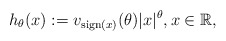
\begin{align*}h_\theta(x): = v_{{\rm sign}(x)}(\theta)|x|^\theta, x\in\mathbb{R},\end{align*}